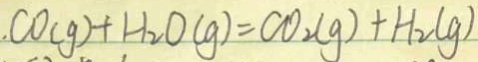
. C O ( g ) + H _ { 2 } O ( g ) = C O _ { 2 } ( g ) + H _ { 2 } ( g )